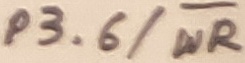
Text: P3.6/WR